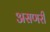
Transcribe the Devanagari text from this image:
असणरी